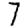
Digit: 7